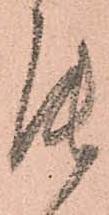
罷